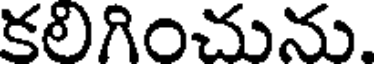
కలిగించును.